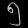
Digit: ၅